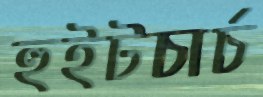
হুইটচার্চ